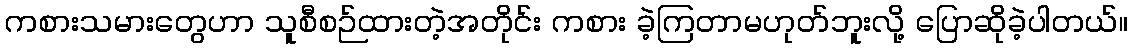
ကစားသမားတွေဟာ သူစီစဉ်ထားတဲ့အတိုင်း ကစား ခဲ့ကြတာမဟုတ်ဘူးလို့ ပြောဆိုခဲ့ပါတယ်။